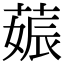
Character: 𦵢